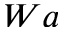
W a